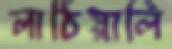
লাঠিয়ালি